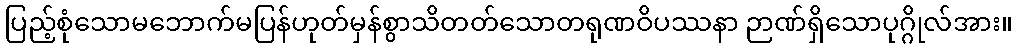
ပြည့်စုံသောမဘောက်မပြန်ဟုတ်မှန်စွာသိတတ်သောတရုဏဝိပဿနာ ဉာဏ်ရှိသောပုဂ္ဂိုလ်အား။